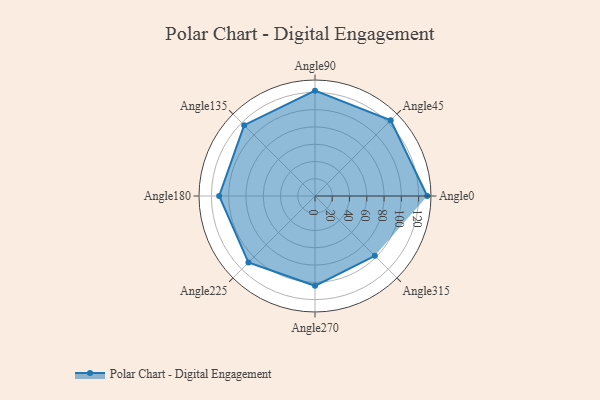
{"axis": {"x": "Angle", "y": "Radius"}, "legend": [""], "data": [{"x": "Angle0", "y": 130.0, "type": ""}, {"x": "Angle45", "y": 124.0, "type": ""}, {"x": "Angle90", "y": 122.0, "type": ""}, {"x": "Angle135", "y": 116.0, "type": ""}, {"x": "Angle180", "y": 111.0, "type": ""}, {"x": "Angle225", "y": 109.0, "type": ""}, {"x": "Angle270", "y": 104.0, "type": ""}, {"x": "Angle315", "y": 98.0, "type": ""}]}